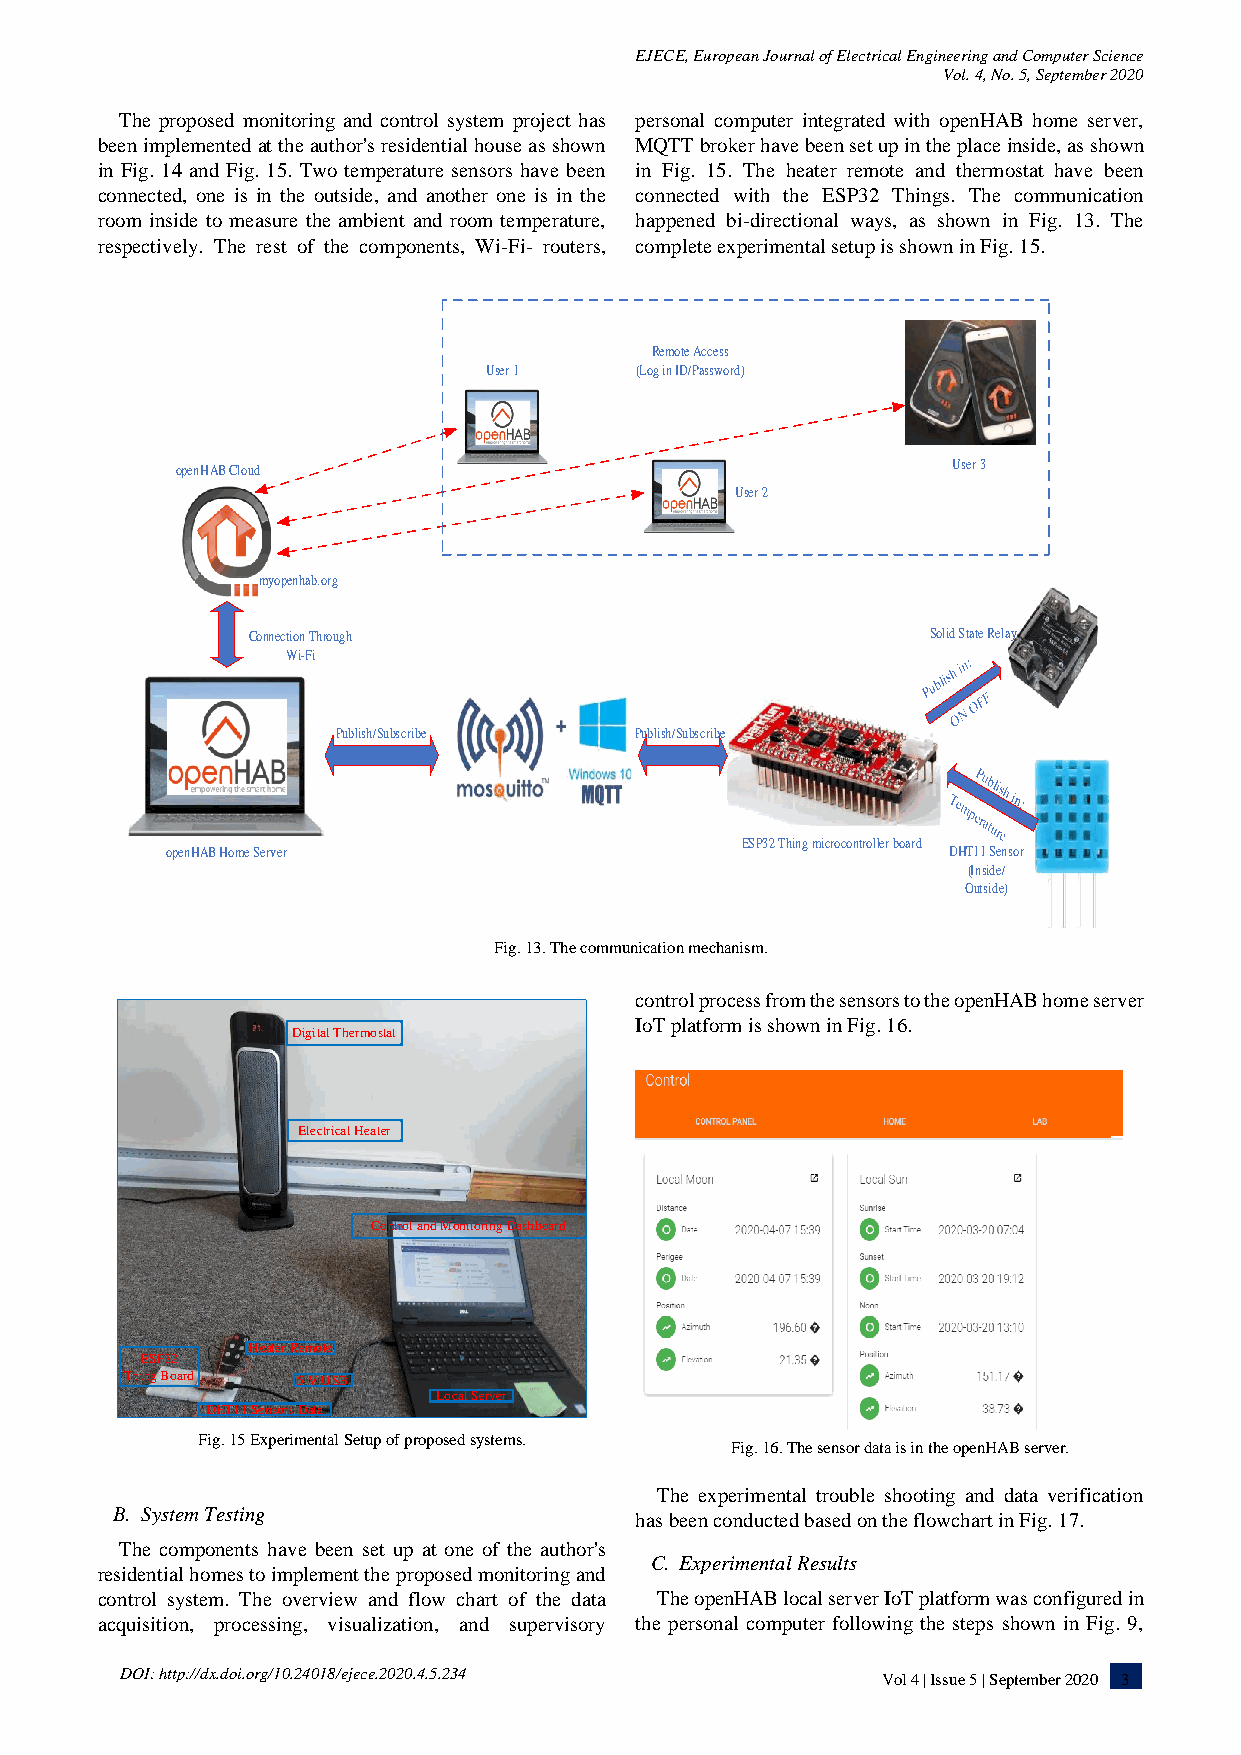
EJECE, European Journal of Electrical Engineering and Computer Science
 Vol. 4, No. 5, September 2020
 The proposed monitoring and control system project has personal computer integrated with openHAB home server,
 been implemented at the author's residential house as shown MQTT broker have been set up in the place inside, as shown
 in Fig. 14 and Fig. 15. Two temperature sensors have been in Fig. 15. The heater remote and thermostat have been
 connected, one is in the outside, and another one is in the connected with the ESP32 Things. The communication
 room inside to measure the ambient and room temperature, happened bi-directional ways, as shown in Fig. 13. The
 respectively. The rest of the components, Wi-Fi- routers, complete experimental setup is shown in Fig. 15.
 Remote Access
 User 1    (Log in ID/Password)
 User 3
 openHAB Cloud
 User 2
 myopenhab.org
 Connection Through                            Solid State Relay
 Wi-Fi
 Publish/Subscribe   Publish/Subscribe
 ESP32 Thing microcontroller board
 openHAB Home Server                                 DHT11 Sensor
 (Inside/
 Outside)
 Fig. 13. The communication mechanism.
 control process from the sensors to the openHAB home server
 IoT platform is shown in Fig. 16.
 Fig. 15 Experimental Setup of proposed systems.
 Fig. 16. The sensor data is in the openHAB server.
 The experimental trouble shooting and data verification
 B. System Testing                  has been conducted based on the flowchart in Fig. 17.
 The components have been set up at one of the author's
 C. Experimental Results
 residential homes to implement the proposed monitoring and
 control system. The overview and flow chart of the data The openHAB local server IoT platform was configured in
 acquisition, processing, visualization, and supervisory the personal computer following the steps shown in Fig. 9,
 DOI: http://dx.doi.org/10.24018/ejece.2020.4.5.234 V o l 4 | I s s u e 5 | S e p t e m b e r 2 0 2 0 3
 T h
 E Sing P 3 2
 B o ard
 D H T 1 1
 H
 S
 D ig ital T herm o stat
 E lectrical H eater
 C o ntro
 eater R em o te
 5 V U S B
 en so rs D ata
 l an d M
 L o
 on ito rin
 cal S erv
 g D
 er
 ash b oard